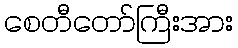
စေတီတော်ကြီးအား